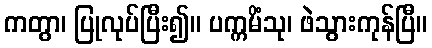
ကတွာ၊ ပြုလုပ်ပြီး၍။ ပက္ကမိံသု၊ ဖဲသွားကုန်ပြီ။